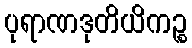
ပုရာဏဒုတိယိကဉ္စ